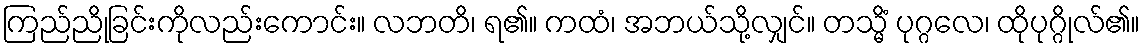
ကြည်ညိုခြင်းကိုလည်းကောင်း။ လဘတိ၊ ရ၏။ ကထံ၊ အဘယ်သို့လျှင်။ တသ္မိံ ပုဂ္ဂလေ၊ ထိုပုဂ္ဂိုလ်၏။